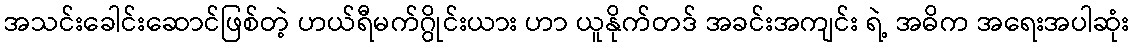
အသင်းခေါင်းဆောင်ဖြစ်တဲ့ ဟယ်ရီမက်ဂွိုင်းယား ဟာ ယူနိုက်တဒ် အခင်းအကျင်း ရဲ့ အဓိက အရေးအပါဆုံး